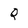
Character: Q